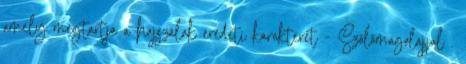
amely megtartja a hajszálak eredeti karakterét - Szőlőmagolajjal .